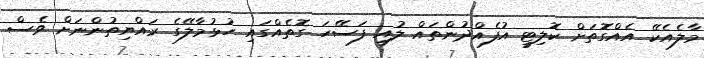
މާލެއެކޭ އެއްގޮތަށް ކޮލިޓީ އުފެއްދުންތައް ލުއި ފަސޭހަ ގޮތެއްގައި ހުޅުމާލޭގެ ރައްޔިތުންނަށް ވެސް